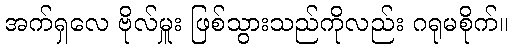
အက်ရှလေ ဗိုလ်မှူး ဖြစ်သွားသည်ကိုလည်း ဂရုမစိုက်။